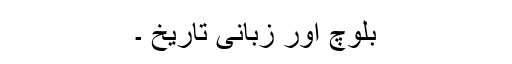
بلوچ اور زبانی تاریخ ۔